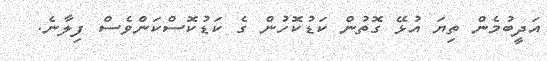
އަދީބުމެން ތިޔަ އުޅޭ ގޮތުން ކަޑުކޮހުން ގެ ކަޑުކޮސްކަންވެސް ފިލާނެ.